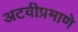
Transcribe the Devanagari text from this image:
अटवीप्रमाणे